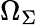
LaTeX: \Omega_{\Sigma}